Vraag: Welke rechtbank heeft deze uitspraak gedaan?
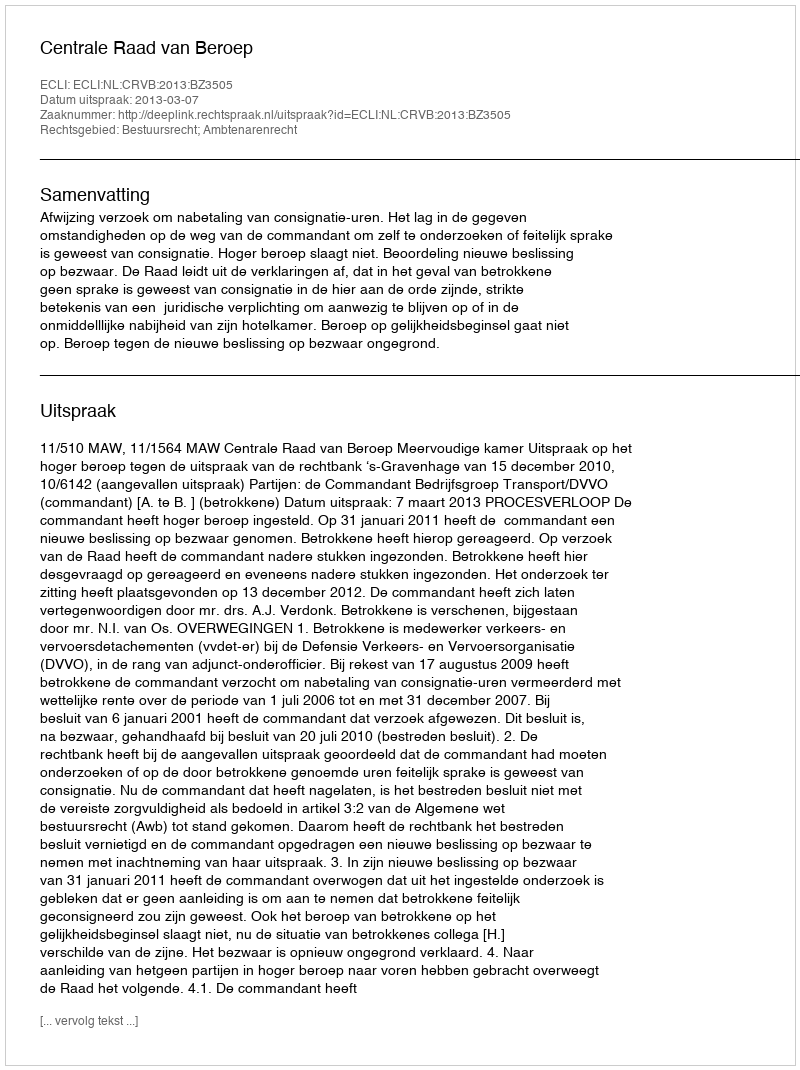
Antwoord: Centrale Raad van Beroep